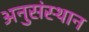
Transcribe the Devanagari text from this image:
अनुसंस्थान